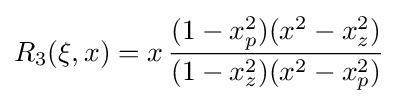
R_{3}(\xi ,x)=x\,{\frac {(1-x_{p}^{2})(x^{2}-x_{z}^{2})}{(1-x_{z}^{2})(x^{2}-x_{p}^{2})}}